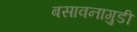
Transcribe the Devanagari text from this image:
बसावनागुडी